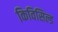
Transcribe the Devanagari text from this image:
किविसिल्ड